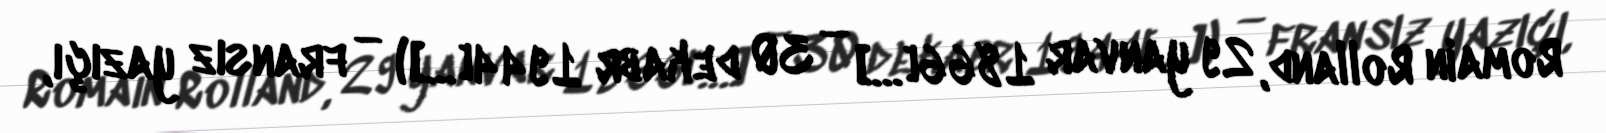
Romain Rolland, 29 yanvar 1866[…] – 30 dekabr 1944[…]) — fransız yazıçı,